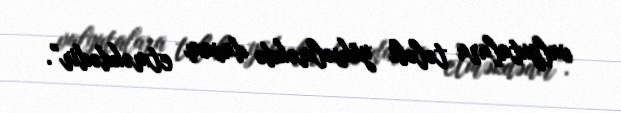
valyutalara tələbi yüksəlməkdə davam etməkdədir”.